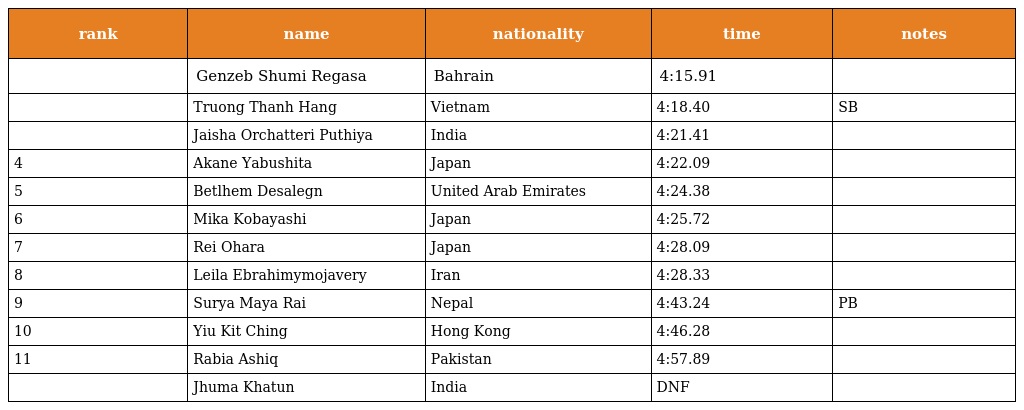
| rank | name | nationality | time | notes |
 | --- | --- | --- | --- | --- |
 |  | Genzeb Shumi Regasa | Bahrain | 4:15.91 |  |
 |  | Truong Thanh Hang | Vietnam | 4:18.40 | SB |
 |  | Jaisha Orchatteri Puthiya | India | 4:21.41 |  |
 | 4 | Akane Yabushita | Japan | 4:22.09 |  |
 | 5 | Betlhem Desalegn | United Arab Emirates | 4:24.38 |  |
 | 6 | Mika Kobayashi | Japan | 4:25.72 |  |
 | 7 | Rei Ohara | Japan | 4:28.09 |  |
 | 8 | Leila Ebrahimymojavery | Iran | 4:28.33 |  |
 | 9 | Surya Maya Rai | Nepal | 4:43.24 | PB |
 | 10 | Yiu Kit Ching | Hong Kong | 4:46.28 |  |
 | 11 | Rabia Ashiq | Pakistan | 4:57.89 |  |
 |  | Jhuma Khatun | India | DNF |  |